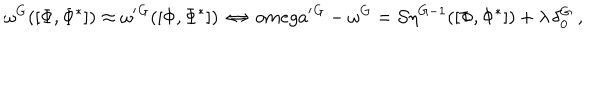
\omega ^ { G } ( [ \Phi , \Phi ^ { * } ] ) \approx \omega ^ { \prime } { } ^ { G } ( [ \Phi , \Phi ^ { * } ] ) \ \Leftrightarrow \, o m e g a ^ { \prime } { } ^ { G } - \omega ^ { G } = { \cal S } \eta ^ { G - 1 } ( [ \Phi , \Phi ^ { * } ] ) + \lambda \, \delta _ { 0 } ^ { G } \ ,